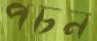
পচন